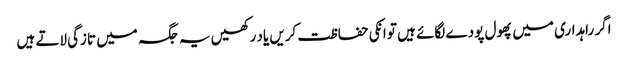
اگر راہداری میں پھول پودے لگائے ہیں تو انکی حفاظت کریں یاد رکھیں یہ جگہ میں تازگی لاتے ہیں